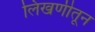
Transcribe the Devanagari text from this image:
लिखणीतून